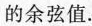
的余弦值.